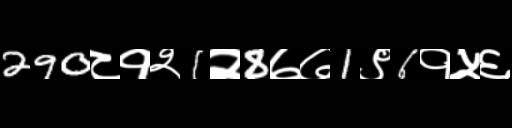
Text: 290८१२1२8७७1९6१५६